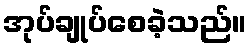
အုပ်ချုပ်စေခဲ့သည်။